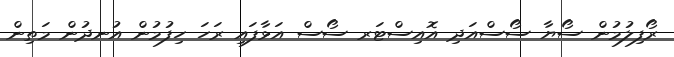
ރޯފިލުމުން ސޯޔާ ސޯސްއަދި އޮއިސްޓަރ ސޯސް އަޅާފައި ރަހަ ހިފުމުން އުނދުން މަތިން